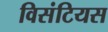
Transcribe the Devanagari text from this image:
विसंटियस